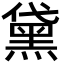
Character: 黛